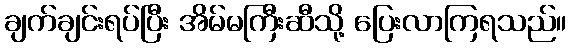
ချက်ချင်းရပ်ပြီး အိမ်မကြီးဆီသို့ ပြေးလာကြရသည်။